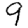
Digit: 9